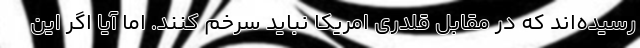
رسیده‌اند که در مقابل قلدری امریکا نباید سرخم کنند. اما آیا اگر این